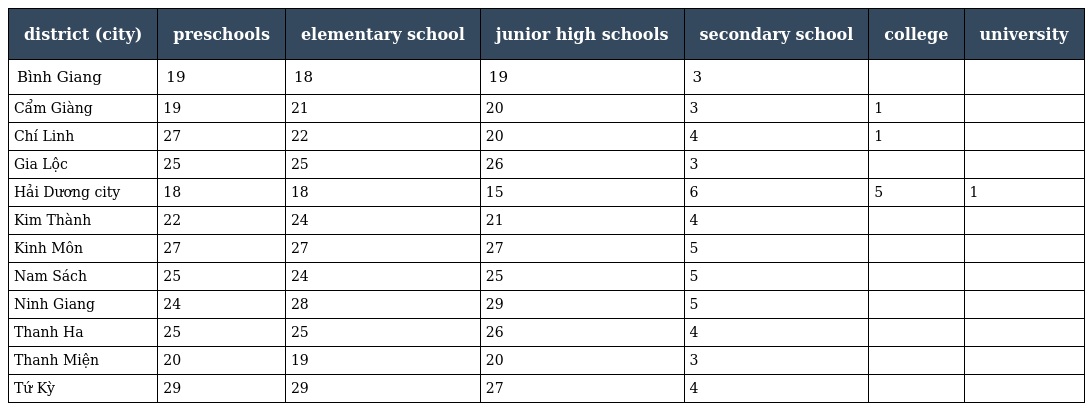
| district (city) | preschools | elementary school | junior high schools | secondary school | college | university |
 | --- | --- | --- | --- | --- | --- | --- |
 | Bình Giang | 19 | 18 | 19 | 3 |  |  |
 | Cẩm Giàng | 19 | 21 | 20 | 3 | 1 |  |
 | Chí Linh | 27 | 22 | 20 | 4 | 1 |  |
 | Gia Lộc | 25 | 25 | 26 | 3 |  |  |
 | Hải Dương city | 18 | 18 | 15 | 6 | 5 | 1 |
 | Kim Thành | 22 | 24 | 21 | 4 |  |  |
 | Kinh Môn | 27 | 27 | 27 | 5 |  |  |
 | Nam Sách | 25 | 24 | 25 | 5 |  |  |
 | Ninh Giang | 24 | 28 | 29 | 5 |  |  |
 | Thanh Ha | 25 | 25 | 26 | 4 |  |  |
 | Thanh Miện | 20 | 19 | 20 | 3 |  |  |
 | Tứ Kỳ | 29 | 29 | 27 | 4 |  |  |